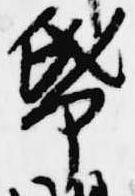
紙